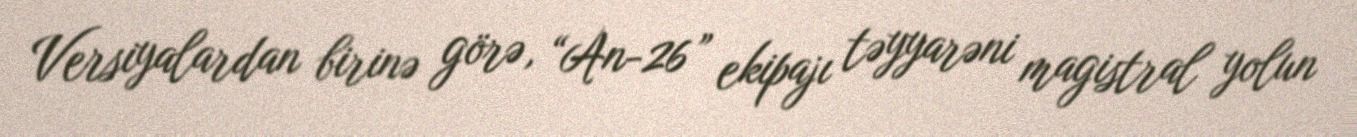
Versiyalardan birinə görə, “An-26” ekipajı təyyarəni magistral yolun